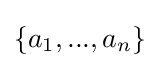
\{a_{1},...,a_{n}\}